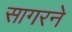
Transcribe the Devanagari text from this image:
सागरने